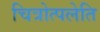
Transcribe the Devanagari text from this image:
चित्रोत्पलेति